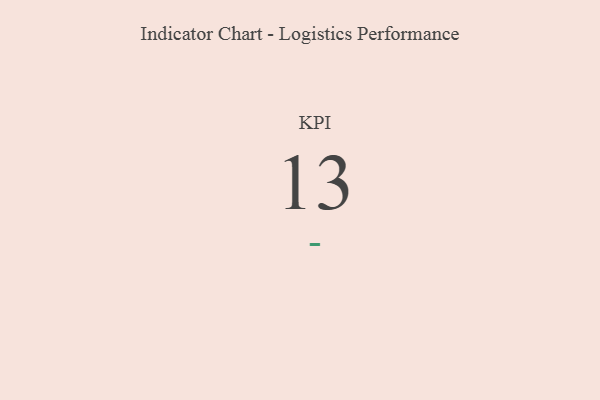
{"axis": {"x": "KPI", "y": "Value"}, "legend": [""], "data": [{"x": "KPI", "y": 13, "type": ""}]}